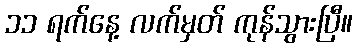
၁၁ ရက်နေ့ လက်မှတ် ကုန်သွားပြီ။